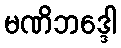
မဏိဘဒ္ဒေါ